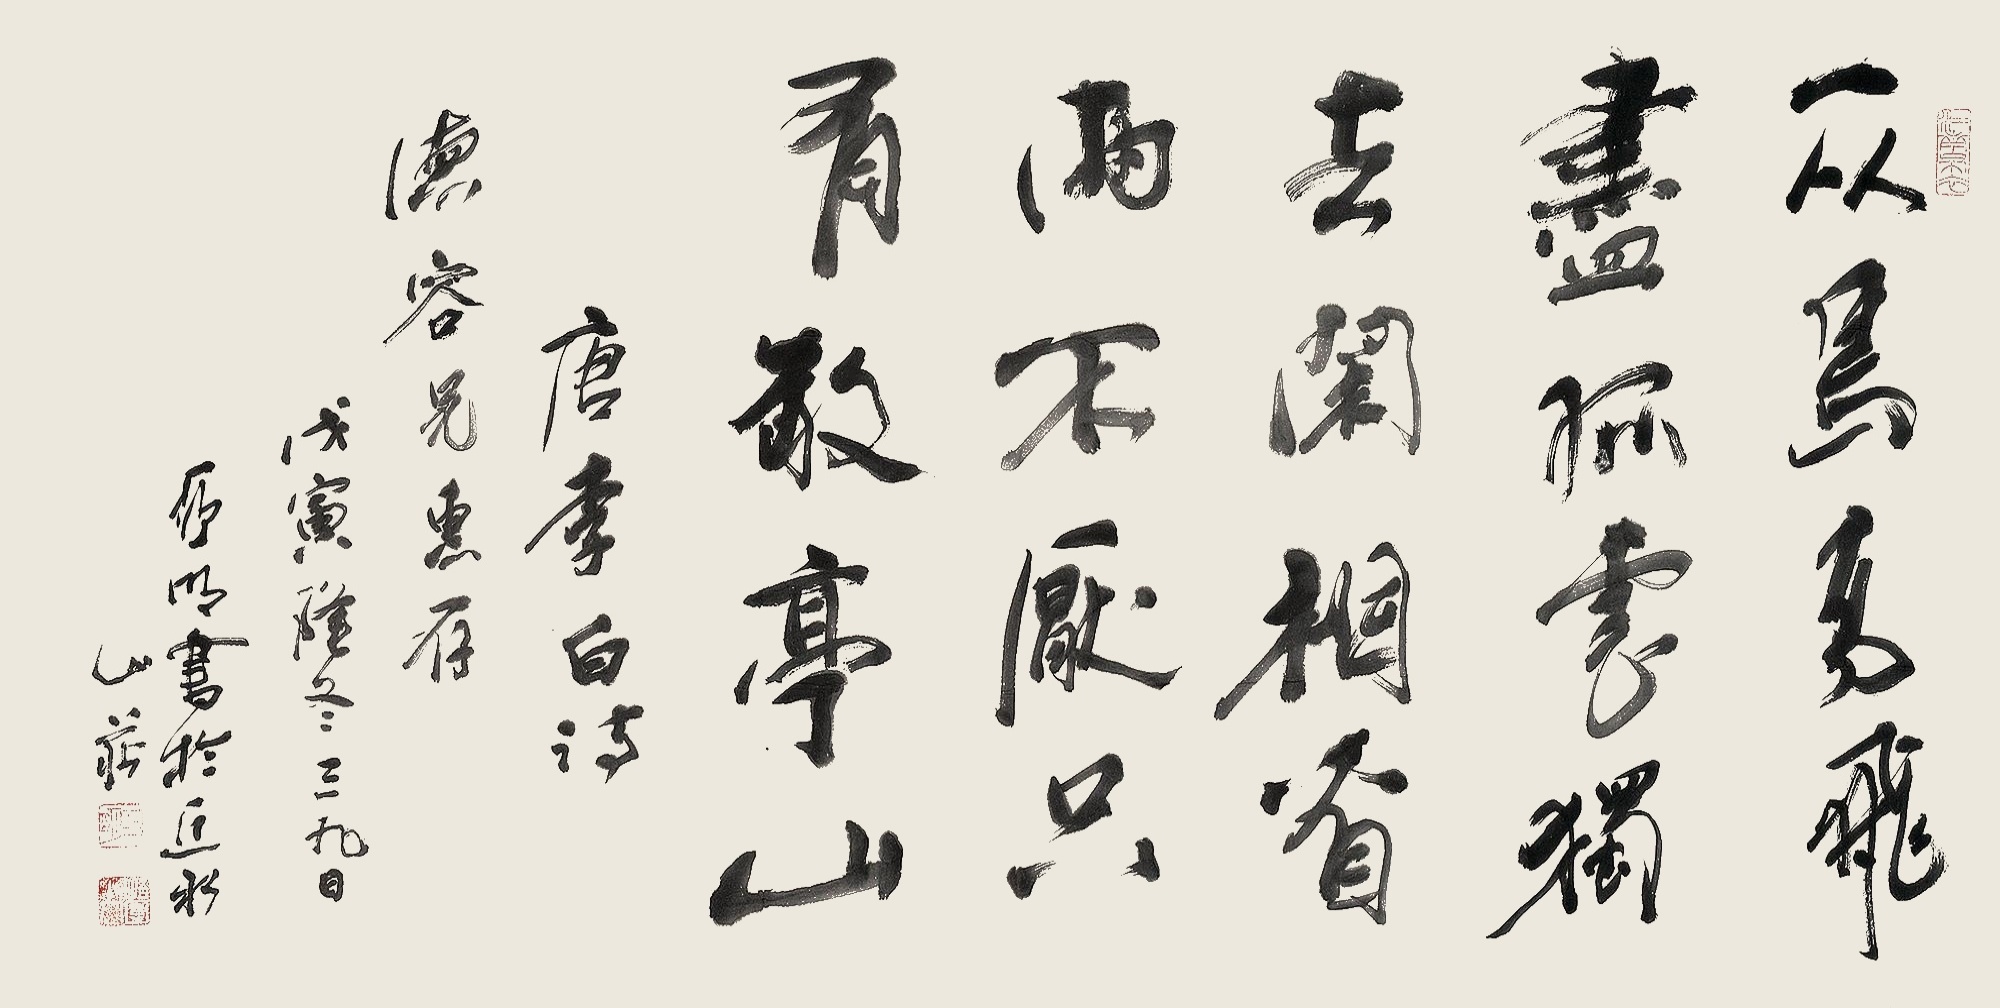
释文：众鸟高飞尽，孤云独去闲。相看两不厌，只有敬亭山。唐李白诗。德容兄惠存，戊寅隆冬三九日，亚明书于近水山庄。